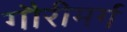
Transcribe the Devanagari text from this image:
गौरीमर्ग